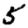
Digit: 5